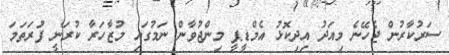
ސަރުކާރުން ޖެހޭނެ މިއަދު އިދިކޮޅު އެމްޑީޕީ މިންޖުވާން ނަމުގައި މުޒާހަރާ ކުރަނީ ފުަރަތަމަ